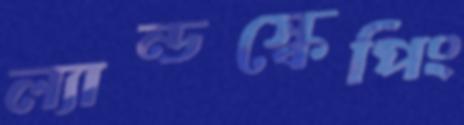
ল্যান্ডস্কেপিং